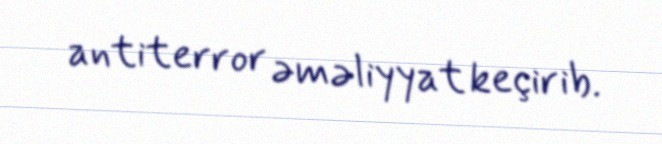
antiterror əməliyyat keçirib.